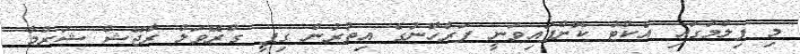
މި ފިލްމުގައި އެކްޓު ކޮށްފައިވަނީ ފަރްހާނުގެ އިތުރުން ގިޕީ ގްރޭވަލް ރާޖޭޝް ޝަރްމާ